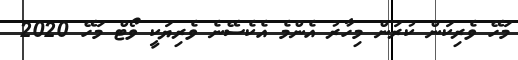
މަހޭ ވެރިކަން ކުރަން މިހާރު އެންމެ އެކެސޭނެ ވެރިޔަކީ ވޯޓް މަހޭ 2020